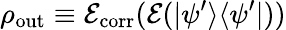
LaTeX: \rho_{\operatorname{out}}\equiv{\mathcal{E}}_{\operatorname{corr}}({\mathcal{E}}(\vert\psi^{\prime}\rangle\langle\psi^{\prime}\vert))